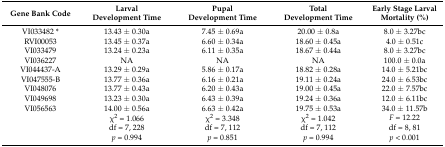
| Gene Bank Code | Larval Development Time | Pupal Development Time | Total Development Time | Early Stage Larval Mortality (%) |
 | --- | --- | --- | --- | --- |
 | VI033482 * | 13.43 ± 0.30a | 7.45 ± 0.69a | 20.00 ± 0.8a | 8.0 ± 3.27bc |
 | RVI00053 | 13.45 ± 0.37a | 6.60 ± 0.34a | 18.60 ± 0.45a | 4.0 ± 0.51c |
 | VI033479 | 13.24 ± 0.23a | 6.11 ± 0.35a | 18.67 ± 0.44a | 8.0 ± 3.27bc |
 | VI036227 | NA | NA | NA | 100.0 ± 0.0a |
 | VI044437-A | 13.29 ± 0.29a | 5.86 ± 0.17a | 18.82 ± 0.28a | 14.0 ± 5.21bc |
 | VI047555-B | 13.77 ± 0.36a | 6.16 ± 0.21a | 19.11 ± 0.24a | 24.0 ± 6.53bc |
 | VI048076 | 13.77 ± 0.43a | 6.20 ± 0.43a | 19.00 ± 0.45a | 22.0 ± 7.57bc |
 | VI049698 | 13.23 ± 0.30a | 6.43 ± 0.39a | 19.24 ± 0.36a | 12.0 ± 6.11bc |
 | VI056563 | 14.00 ± 0.56a | 6.63 ± 0.42a | 19.75 ± 0.53a | 34.0 ± 11.57b |
 |  | χ2 = 1.066 | χ2 = 3.348 | χ2 = 1.042 | F = 12.22 |
 |  | df = 7, 228 | df = 7, 112 | df = 7, 112 | df = 8, 81 |
 |  | p = 0.994 | p = 0.851 | p = 0.994 | p < 0.001 |